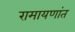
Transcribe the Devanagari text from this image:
रामायणांत